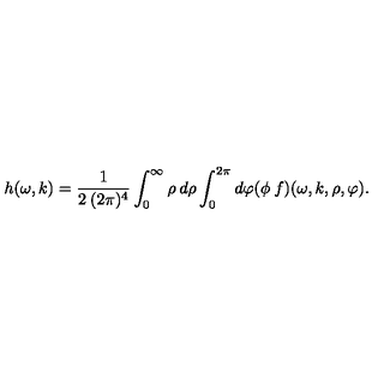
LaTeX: h ( \omega , k ) = \frac { 1 } { 2 \: ( 2 \pi ) ^ { 4 } } \int _ { 0 } ^ { \infty } \rho \: d \rho \int _ { 0 } ^ { 2 \pi } d \varphi ( \phi \: f ) ( \omega , k , \rho , \varphi ) .